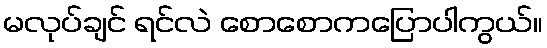
မလုပ်ချင် ရင်လဲ စောစောကပြောပါကွယ်။